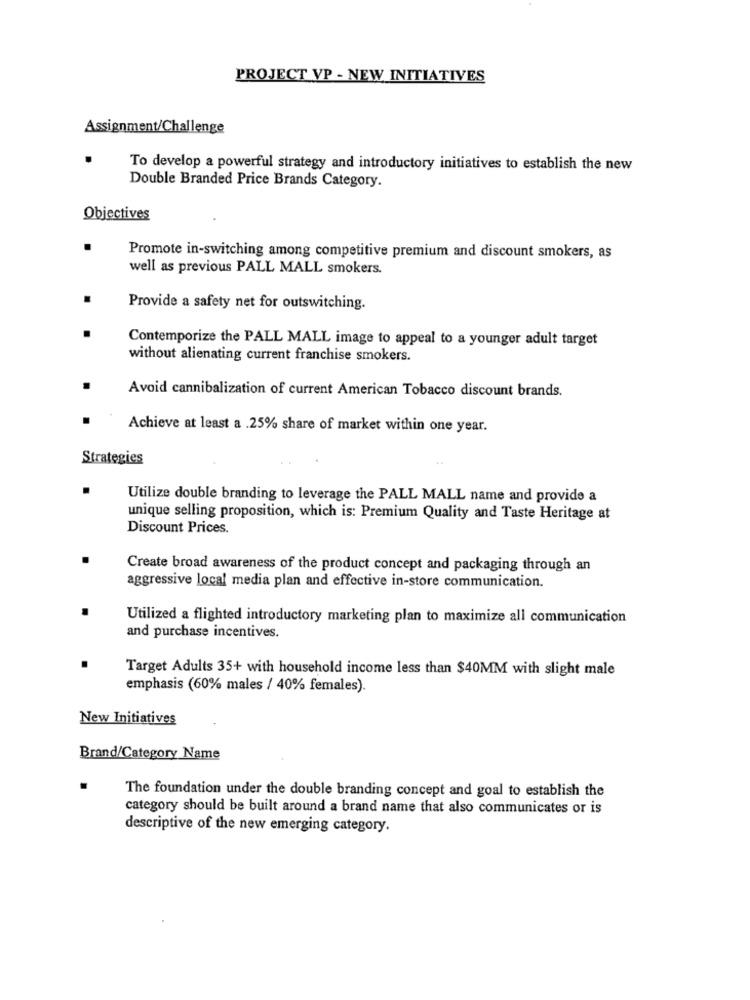
PROJECT VP - NEW INITIATIVES
Assignment/Challenge
To develop a powerful strategy and introductory initiatives to establish the new
Double Branded Price Brands Category.
Objectives
Promote in-switching among competitive premium and discount smokers, as
well as previous PALL MALL smokers.
Provide a safety net for outswitching.
Contemporize the PALL MALL image to appeal to a younger adult target
without alienating current franchise smokers.
Avoid cannibalization of current American Tobacco discount brands.
Achieve at least a .25% share of market within one year.
Strategies
Utilize double branding to leverage the PALL MALL name and provide a
unique selling proposition, which is: Premium Quality and Taste Heritage at
Discount Prices.
Create broad awareness of the product concept and packaging through an
aggressive local media plan and effective in-store communication.
Utilized a flighted introductory marketing plan to maximize all communication
and purchase incentives.
Target Adults 35+ with household income less than $40MM with slight male
emphasis (60% males / 40% females).
New Initiatives
Brand/Category Name
The foundation under the double branding concept and goal to establish the
category should be built around a brand name that also communicates or is
descriptive of the new emerging category.